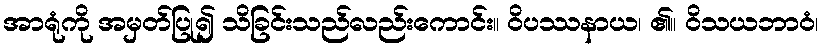
အာရုံကို အမှတ်ပြု၍ သိခြင်းသည်လည်းကောင်း။ ဝိပဿနာယ၊ ၏။ ဝိသယဘာဝံ၊